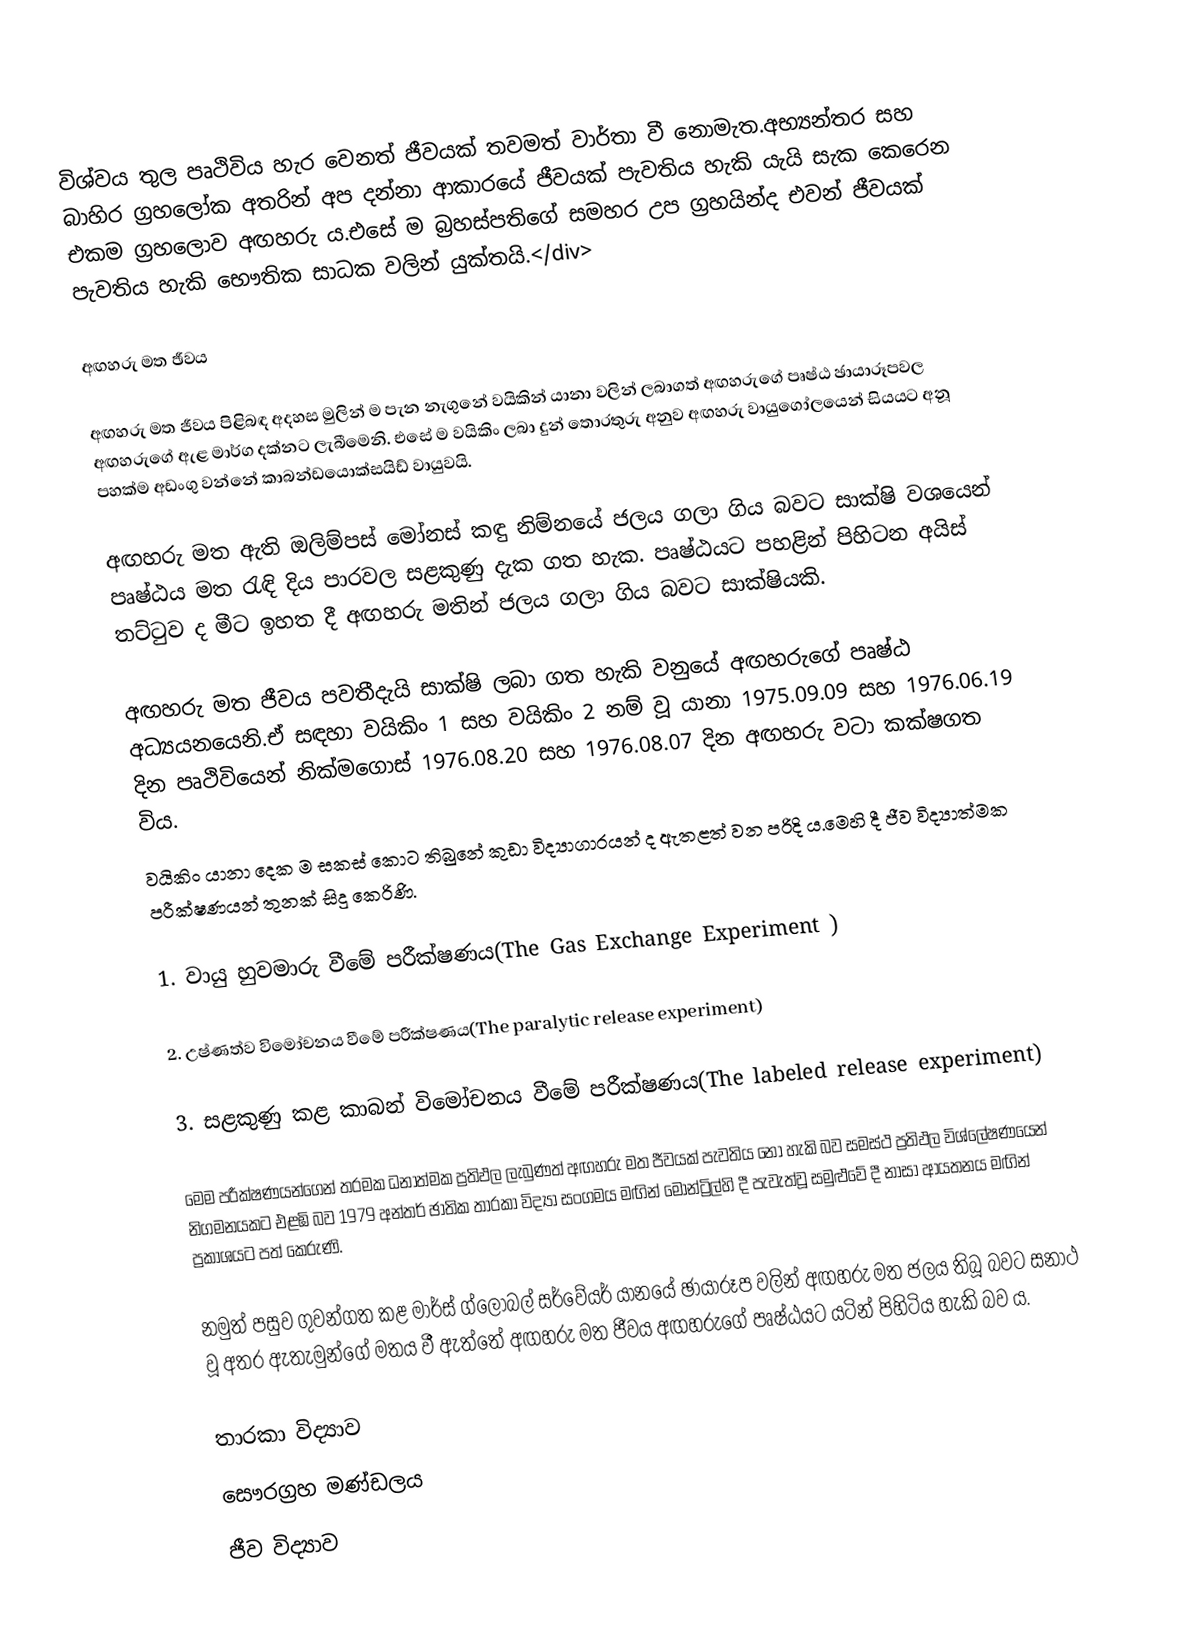
විශ්වය තුල පෘථිවිය හැර වෙනත් ජීවයක් තවමත් වාර්තා වී නොමැත.අභ්‍යන්තර සහ බාහිර ග්‍රහලෝක අතරින් අප දන්නා ආකා‍රයේ ජීවයක් පැවතිය හැකි යැයි සැක කෙරෙන එකම ග්‍රහලොව අඟහරු ය.එසේ ම බ්‍ර‍හස්පතිගේ සමහර උප ග්‍රහයින්ද එවන් ජීවයක් පැවතිය හැකි භෞතික සාධක වලින් යුක්තයි.</div>

අඟහරු මත ඡීවය

අඟහරු මත ජීවය පිළිබඳ අදහස මුලින් ම පැන නැගුනේ වයිකින් යානා වලින් ලබාගත් අඟහරුගේ පෘෂ්ඨ ඡායාරූපවල අඟහරුගේ ඇළ මාර්ග දක්නට ලැබීමෙනි. එසේ ම ‍වයිකිං ලබා දුන් තොරතුරු අනුව අඟහරු වායුගෝලයෙන් සියයට අනූ පහක්ම අඩංගු වන්නේ කාබන්ඩයොක්සයිඩ් වායුවයි.

අඟහරු මත ඇති ඔලිම්පස් මෝනස් කඳු  නිම්නයේ ජලය ගලා ගිය බවට සාක්ෂි වශයෙන් පෘෂ්ඨය මත රැඳි දිය පාරවල සළකුණු දැක ගත හැක. පෘෂ්ඨයට පහළින් පිහිටන අයිස් තට්ටුව ද මීට ඉහත දී අඟහරු මතින් ජලය ගලා ගිය බවට සාක්ෂියකි.

අඟහරු මත ජීවය පවතීදැයි සාක්ෂි ලබා ගත හැකි වනුයේ අඟහරුගේ පෘෂ්ඨ අධ්‍යයනයෙනි.ඒ සඳහා වයිකිං 1 සහ වයිකිං 2 නම් වූ යානා 1975.09.09 සහ 1976.06.19 දින පෘථිවියෙන් නික්මගොස් 1976.08.20 සහ 1976.08.07 දින අඟහරු වටා කක්ෂගත විය.
වයිකිං යානා දෙක ම සකස් කොට තිබුනේ කු‍ඩා විද්‍යාගාරයන් ද ඇතළත් වන පරිදි ය.මෙහි දී ජීව විද්‍යාත්මක පරීක්ෂණයන් තුනක් සිදු කෙරිණි.

1.	වායු හුවමාරු වීමේ පරීක්ෂණය(The Gas Exchange Experiment )

2.	උෂ්ණත්ව විමෝචනය වීමේ පරීක්ෂණය(The paralytic release experiment)

3.	සළකුණු කළ කාබන් විමෝචනය වීමේ පරීක්ෂණය(The labeled release experiment)

මෙම පරීක්ෂණයන්ගෙන් තරමක ධනාත්මක ප්‍රතිඵල ලැබුණත් අඟහරු මත ජීවයක් පැවතිය නො හැකි බව සමස්ථ ප්‍රතිඵල විශ්ලේෂණයෙන් නිගමනයකට එළඹි බව 1979 අන්තර් ඡාතික තාරකා විද්‍යා සංගමය මඟින් මොන්ට්‍රිල්හි දී පැවැත්වූ සමුළුවේ දී නාසා ආයතනය මඟින් ප්‍රකාශයට පත් කෙරුණි.

නමුත් පසුව ගුවන්ගත කළ මාර්ස් ග්ලෝබල් සර්වේයර් යානයේ ඡායාරූප වලින් අඟහරු මත ජලය තිබූ බවට සනාථ වූ අතර  ඇතැමුන්ගේ මතය වී ඇත්තේ අඟහරු මත ජීවය අඟහරුගේ පෘෂ්ඨයට යටින් පිහිටිය හැකි බව ය.

තාරකා විද්‍යාව
සෞරග්‍රහ මණ්ඩලය
ජීව විද්‍යාව